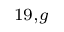
^ { 1 9 , g }